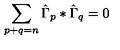
\sum _ { p + q = n } \hat { \Gamma } _ { p } * \hat { \Gamma } _ { q } = 0